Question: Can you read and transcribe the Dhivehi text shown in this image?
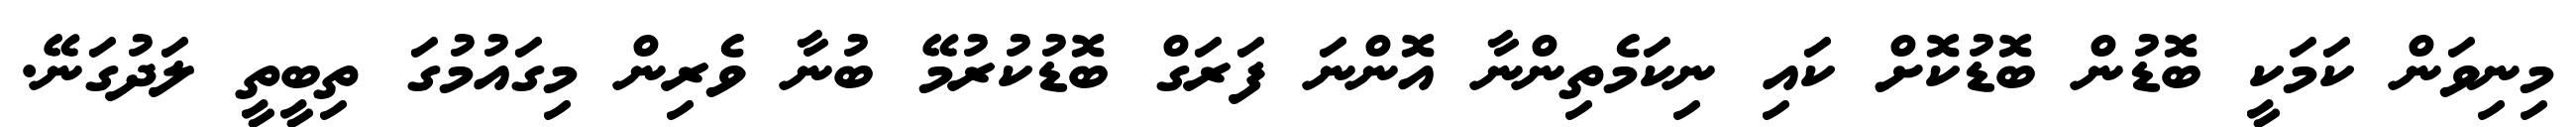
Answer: މިނިވަން ކަމަކީ ބޮޑުން ބޮޑުކޮށް ކައި ނިކަމެތިންނާ އޮންނަ ފަރަގް ބޮޑުކުރުމޭ ބުނާ ވެރިން މިގައުމުގަ ތިބީތީ ލަދުގަނޭ.